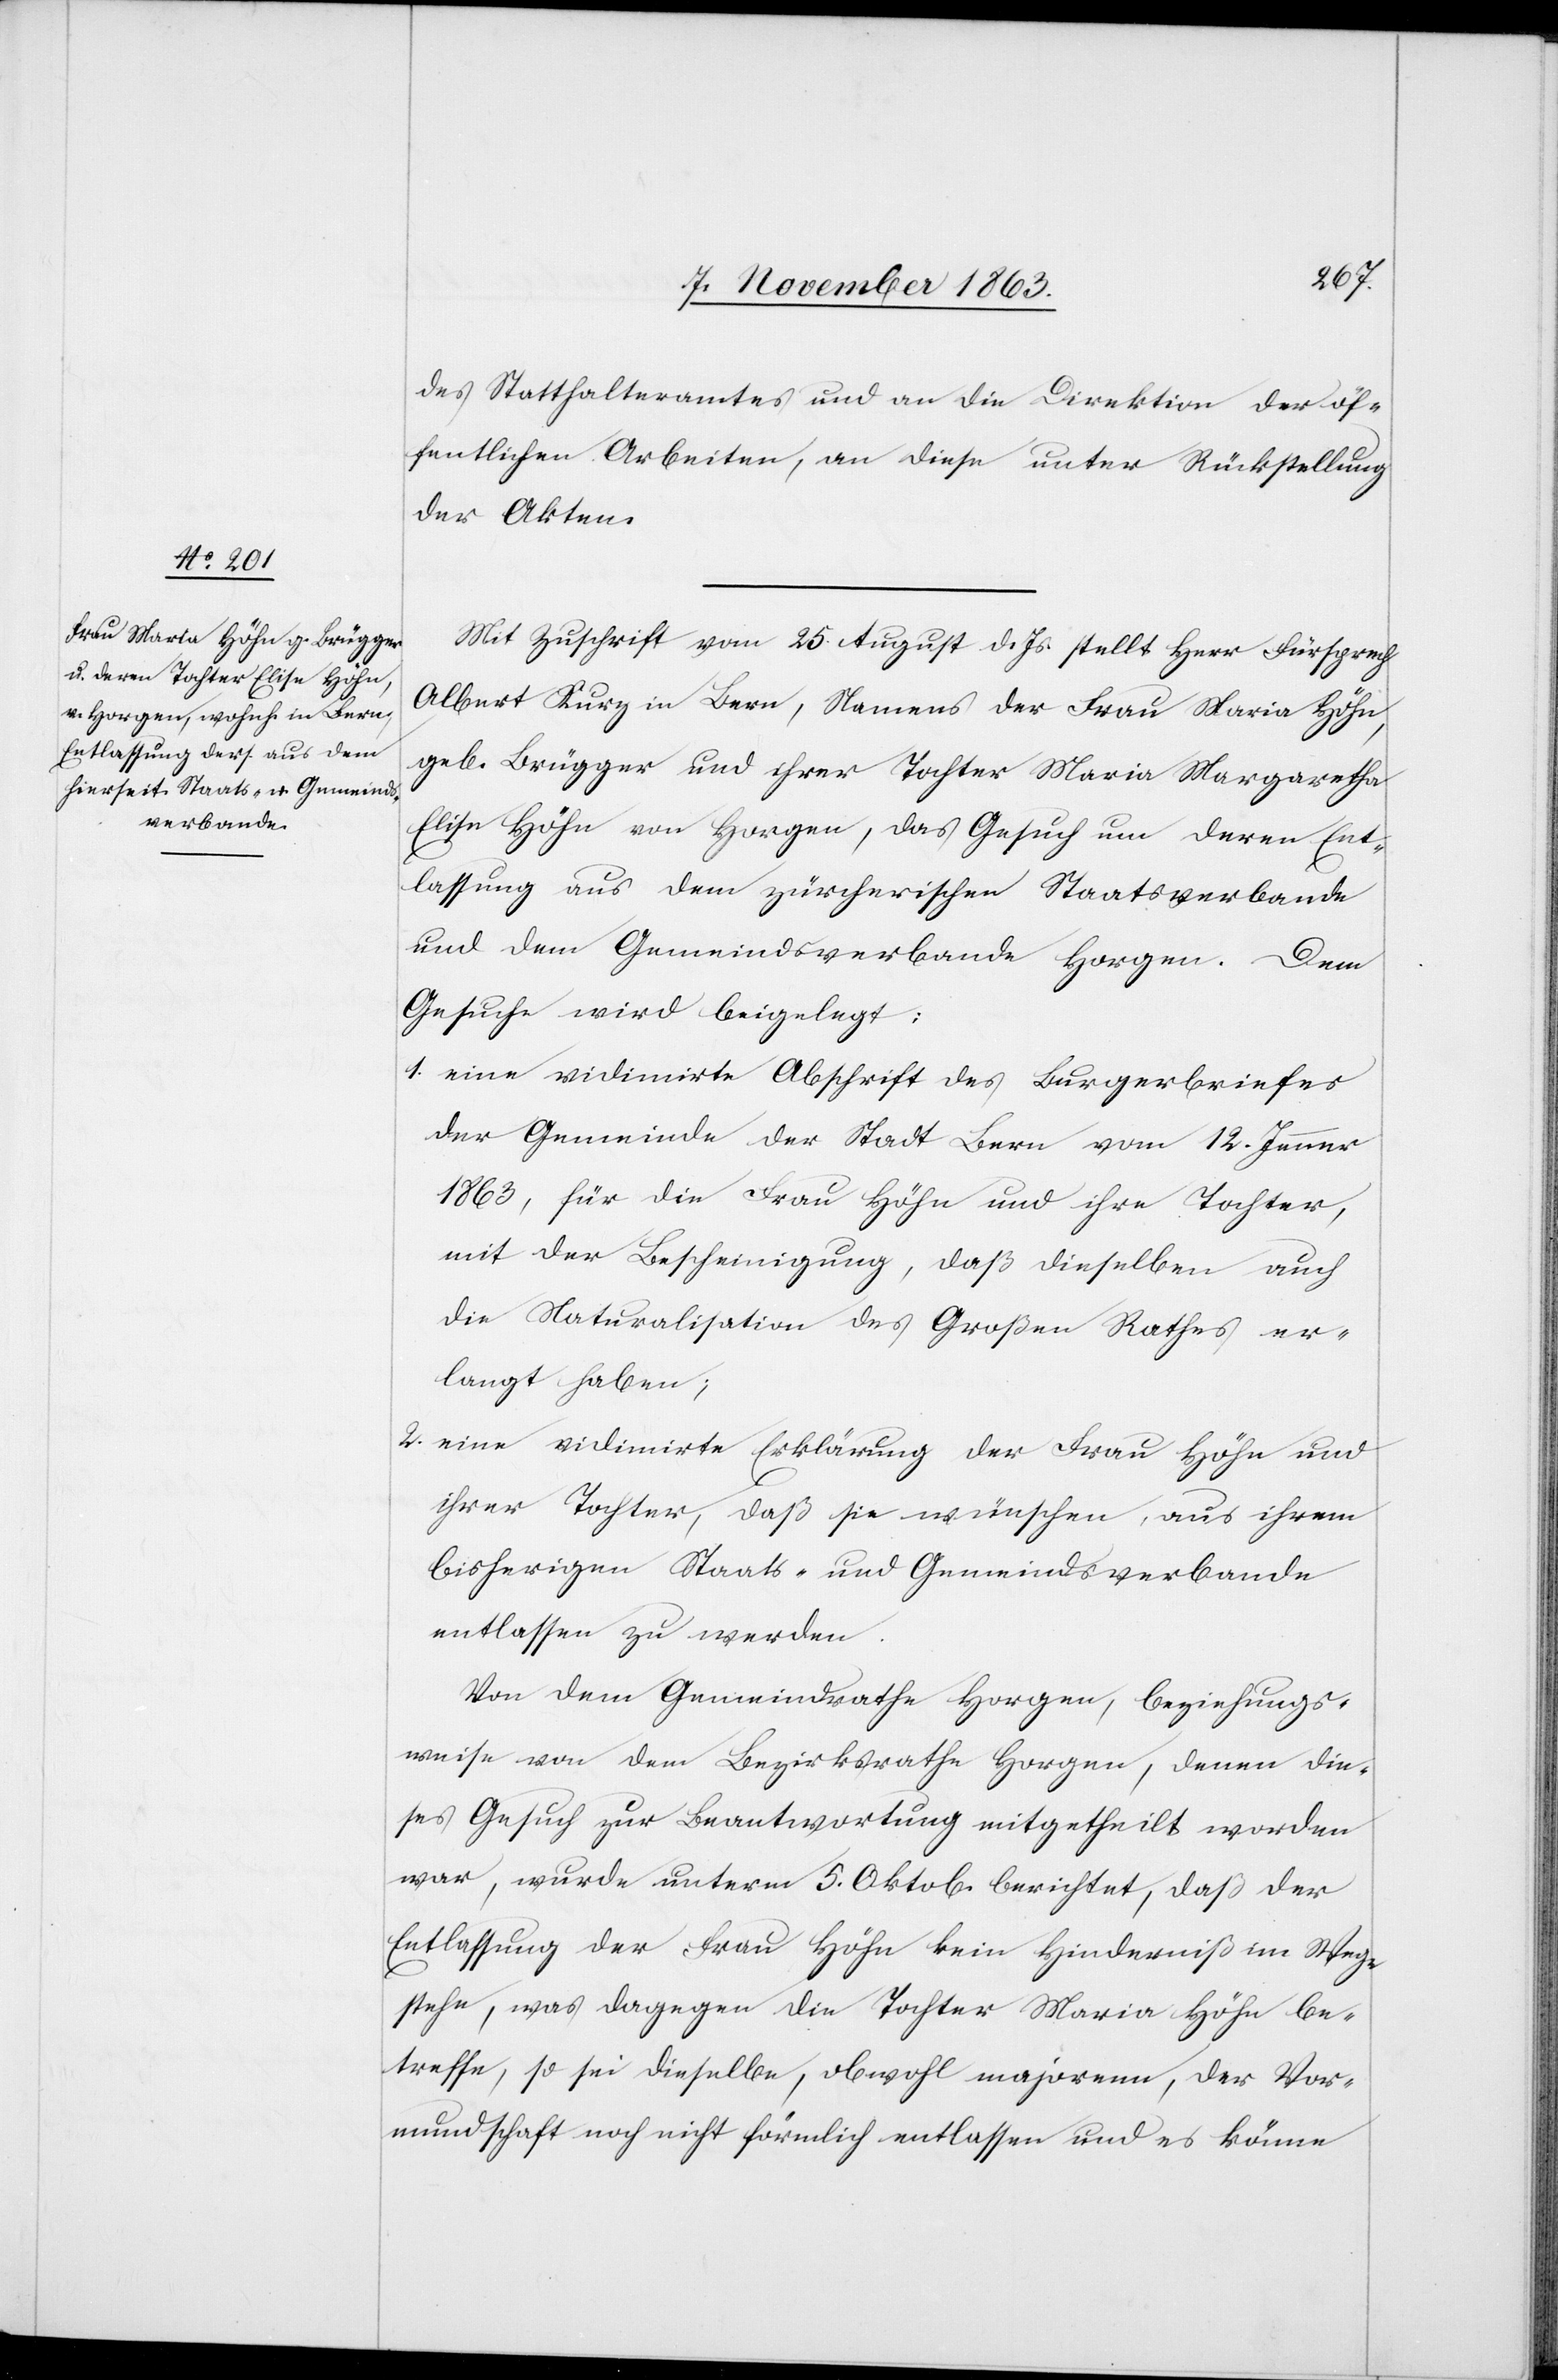
des Statthalteramtes und an die Direktion der öf¬
fentlichen Arbeiten, an diese unter Rückstellung
der Akten.
Mit Zuschrift vom 25. August d. Js. stellt Herr Fürsprech
Albert Kurz in Bern, Namens der Frau Maria Höhn,
geb. Brügger und ihrer Tochter Maria Margaretha
Elise Höhn von Horgen, das Gesuch um deren Ent¬
lassung aus dem zürcherischen Staatsverbande
und dem Gemeindsverbande Horgen. Dem
Gesuche wird beigelegt:
1. eine vidimirte Abschrift des Burgerbriefes
der Gemeinde der Stadt Bern vom 12. Jenner
1863, für die Frau Höhn und ihre Tochter,
mit der Bescheinigung, daß dieselben auch
die Naturalisation des Großen Rathes er¬
langt haben;
2. eine vidimirte Erklärung der Frau Höhn und
ihrer Tochter, daß sie wünschen, aus ihrem
bisherigen Staats- und Gemeindsverbande
entlassen zu werden.
Von dem Gemeindrathe Horgen, beziehungs¬
weise von dem Bezirksrathe Horgen, denen die¬
ses Gesuch zur Beantwortung mitgehteilt worden
war, wurde unterm 5. Oktob. berichtet, daß der
Entlassung der Frau Höhn kein Hinderniß im Wege
stehe, was dagegen die Tochter Maria Höhn be¬
treffe, so sei dieselbe, obwohl majorenn, der Vor¬
mundschaft noch nicht förmlich entlassen und es könne